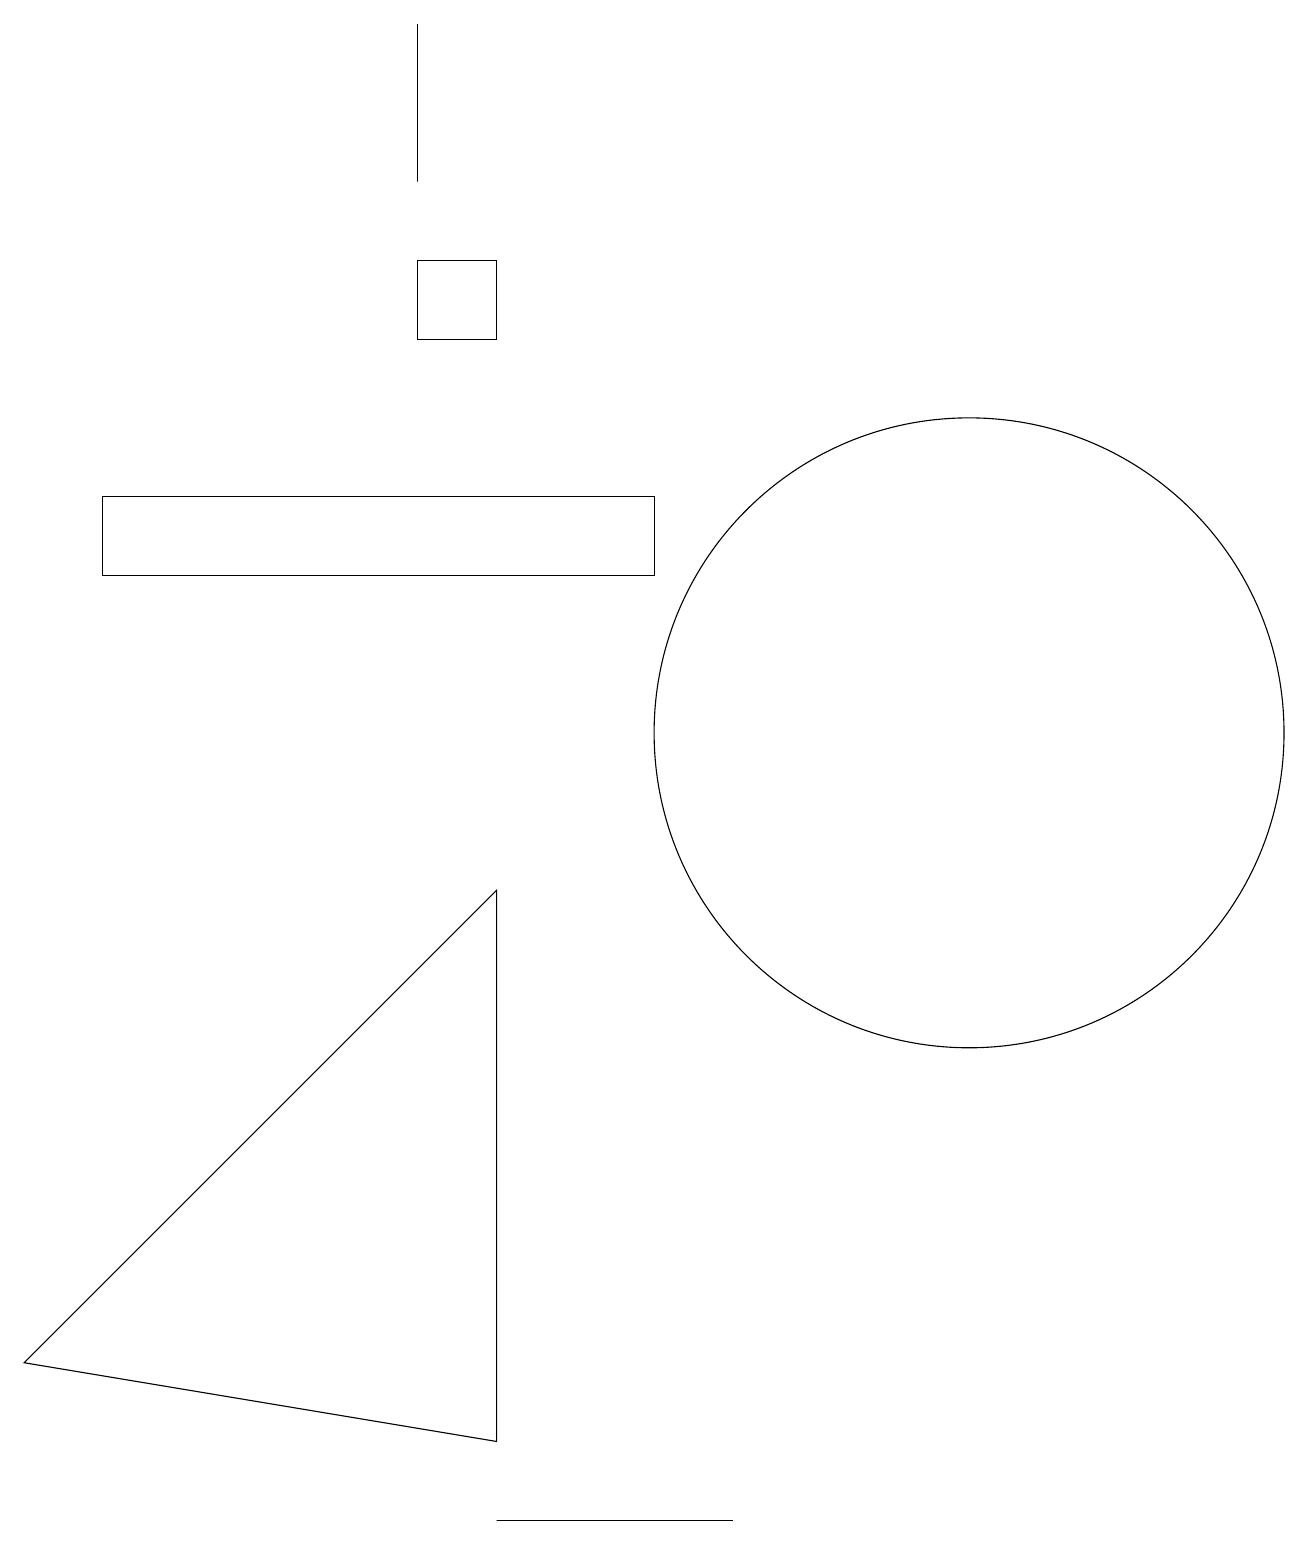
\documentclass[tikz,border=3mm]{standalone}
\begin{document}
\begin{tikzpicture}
\draw (6,0) -- (9,0) -- (9,0) -- cycle;
\draw (0,2) -- (6,8) -- (6,1) -- cycle;
\draw (5,17) rectangle (5,19);
\draw (1,13) rectangle (8,12);
\draw (5,15) rectangle (6,16);
\draw (12,10) circle (4);
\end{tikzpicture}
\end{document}